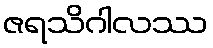
ဇရသိဂါလဿ